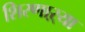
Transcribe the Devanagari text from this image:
शिरणाऱ्या